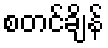
စတင်ချိန်